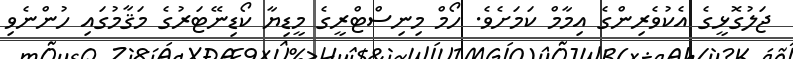
ޖަލުގޮޅީގެ އެކުވެރިންގެ އިމާމް ކަަމަށެވެ. ހޯމް މިނިސްޓްރީގެ މީޑިޔާ ކޯޑިނޭޓަރުގެ މަޤާމުގައި ހުންނެވި